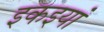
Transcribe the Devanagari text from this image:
इकइयां